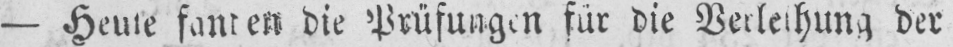
die Prüfungen für die Verleihung der